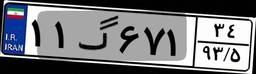
۱۱گ۶۷۱۳۴